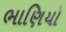
ભાણિયો